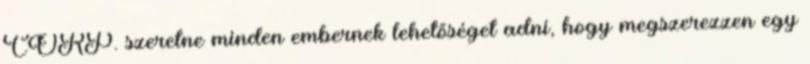
CORP. szeretne minden embernek lehetőséget adni, hogy megszerezzen egy